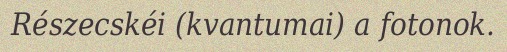
Részecskéi (kvantumai) a fotonok.